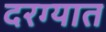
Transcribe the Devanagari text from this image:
दरग्यात